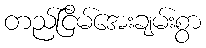
တည်ငြိမ်အေးချမ်းစွာ